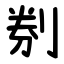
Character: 㓬